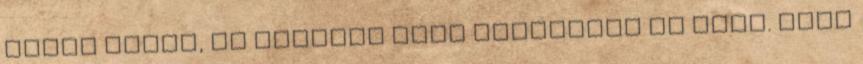
tudom mikor, de egyszer csak elnyomott az álom. Arra